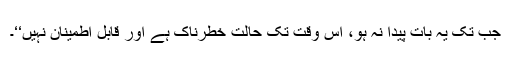
جب تک یہ بات پیدا نہ ہو، اُس وقت تک حالت خطرناک ہے اور قابلِ اطمینان نہیں‘‘۔